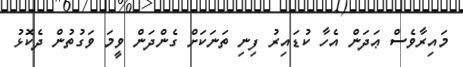
މައިރާވެސް ޢަދަން އެހާ ކުޑައިރު ފިނި ތަނަކަށް ގެންދަން ވީމަ ވަގުތުން ދެކޮޅު